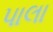
પાલા